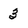
Character: 3